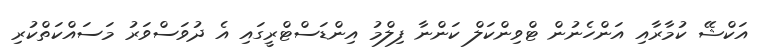
އަކްޝޭ ކުމާރާއި އަންހެނުން ޓްވިންކަލް ކަންނާ ފިލްމު އިންޑަސްޓްރީގައި އެ ދުވަސްވަރު މަސައްކަތްކުރި